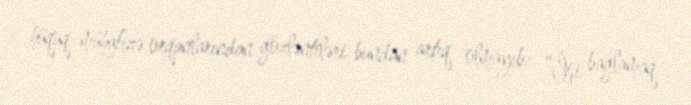
hüquq-mühafizə orqanlarından gözləntiləri bundan artıq olmayıb: “İşi bağlamaq